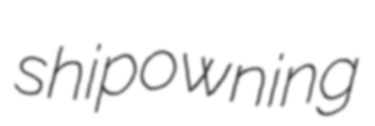
shipowning